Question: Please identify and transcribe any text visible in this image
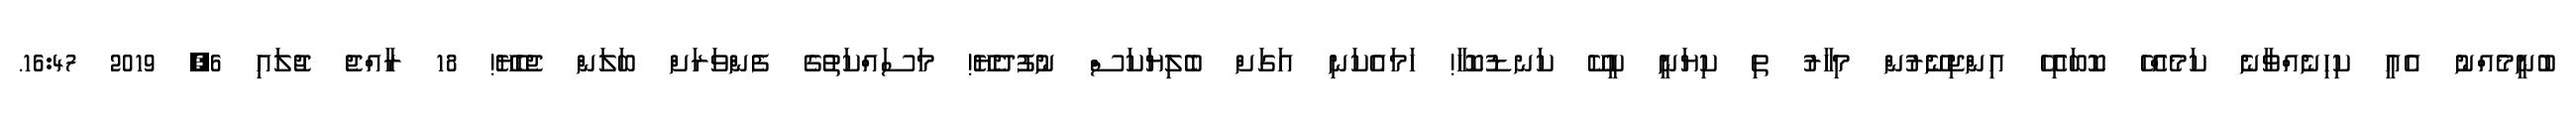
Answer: ބުނީމެއްނު އެއީ ކިހިނެއްވާނެ ކަމެއްހޭ ކޮބައިހޭ އިންޖިނޭރުން މިހާރު ތި ކިޔަނީ ކީކޭ ކަނޑުކޮހާ! ހަމައެކަނި އަގަށް ބެލިޔަކަސް ނުފުދެޔޭ! މަސައްކަތުގެ ފެންވަރަށް ބަލަން ޖެހެޔޭ! 18 ރާއްޖެ ޖުލައި 6, 2019 16:47.